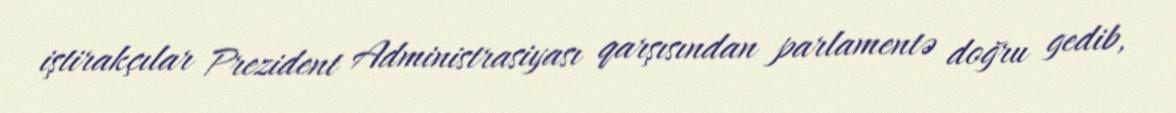
iştirakçılar Prezident Administrasiyası qarşısından parlamentə doğru gedib,